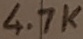
Text: 4.7K